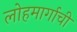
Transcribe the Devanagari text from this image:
लोहमार्गाची